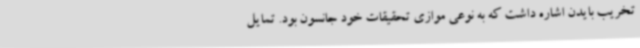
تخریب بایدن اشاره داشت که به نوعی موازی تحقیقات خود جانسون بود. تمایل